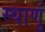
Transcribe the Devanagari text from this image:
स्थाणुं